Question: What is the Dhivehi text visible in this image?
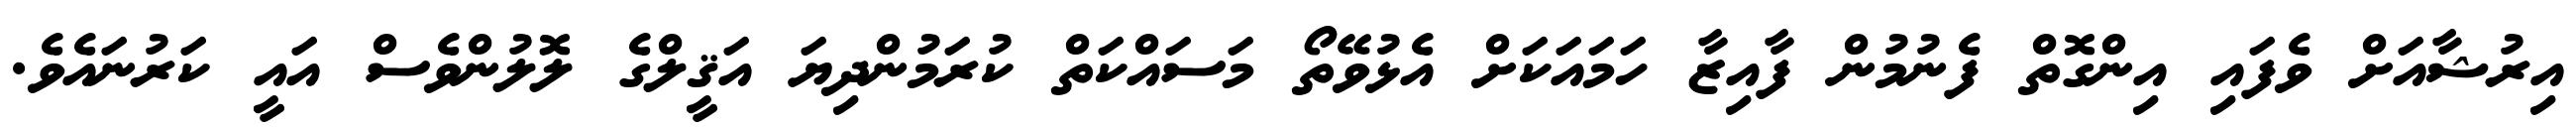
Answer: އިރުޝާއަށް ވެފައި އިންގޮތް ފެނުމުން ފާއިޒާ ހަމައަކަށް އެޅުވޭތޯ މަސައްކަތް ކުރަމުންދިޔަ އަޤީލްގެ ލޮލުންވެސް އައީ ކަރުނައެވެ.